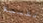
نفسية